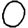
Digit: 0